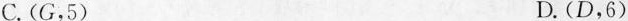
C.(G，5)D.(D，6)